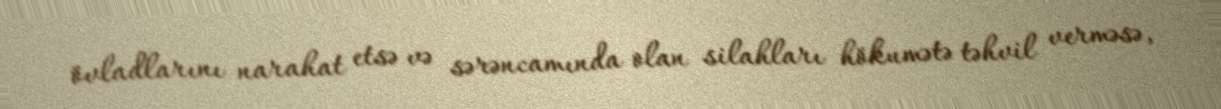
övladlarını narahat etsə və sərəncamında olan silahları hökumətə təhvil verməsə,